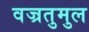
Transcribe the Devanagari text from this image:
वज्रतुमुल